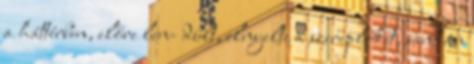
a háttérben, előre len- dült, elnyelte a szereplőket, sandán